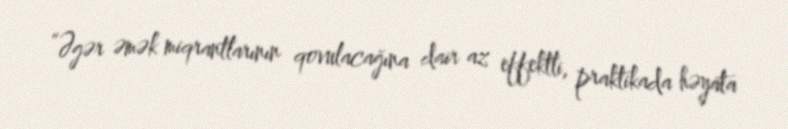
“Əgər əmək miqrantlarının qovulacağına dair az effektli, praktikada həyata